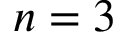
n = 3